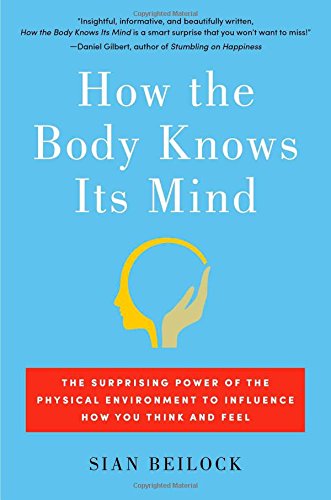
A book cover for How the Body Knows Its Mind: The Surprising Power of the Physical Environment to Influence How You Think and Feel; Sian Beilock; Medical Books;